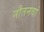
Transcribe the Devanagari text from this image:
नौतनवां